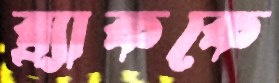
ব্র্যাককে